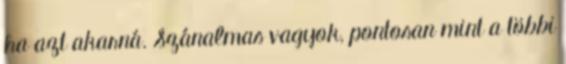
ha azt akarná. Szánalmas vagyok, pontosan mint a többi